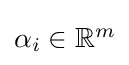
{\textstyle \alpha _{i}\in \mathbb {R} ^{m}}